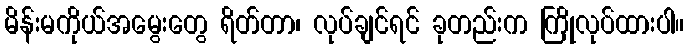
မိန်းမကိုယ်အမွေးတွေ ရိတ်တာ၊ လုပ်ချင်ရင် ခုတည်းက ကြိုလုပ်ထားပါ။